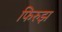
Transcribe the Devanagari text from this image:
फिरुझ